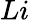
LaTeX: Li